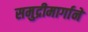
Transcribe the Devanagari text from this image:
समुद्रीमार्गाने